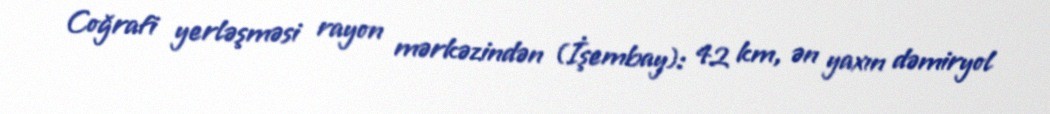
Coğrafi yerləşməsi rayon mərkəzindən (İşembay): 42 km, ən yaxın dəmiryol